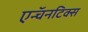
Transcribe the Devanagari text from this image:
एन्चॅनटिक्स